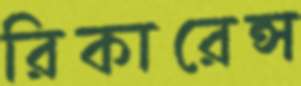
রিকারেন্স